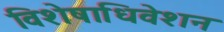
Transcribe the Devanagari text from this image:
विशेषाधिवेशन